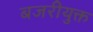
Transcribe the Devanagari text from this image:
बजरीयुक्त